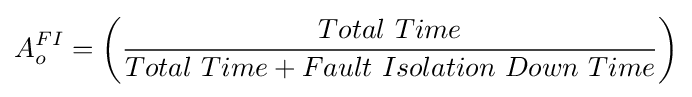
A_{o}^{FI}=\left({\frac {Total\ Time}{Total\ Time+Fault\ Isolation\ Down\ Time}}\right)